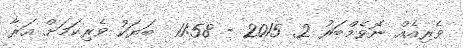
ވެރިއެއް ނޮވެމްބަރު 2